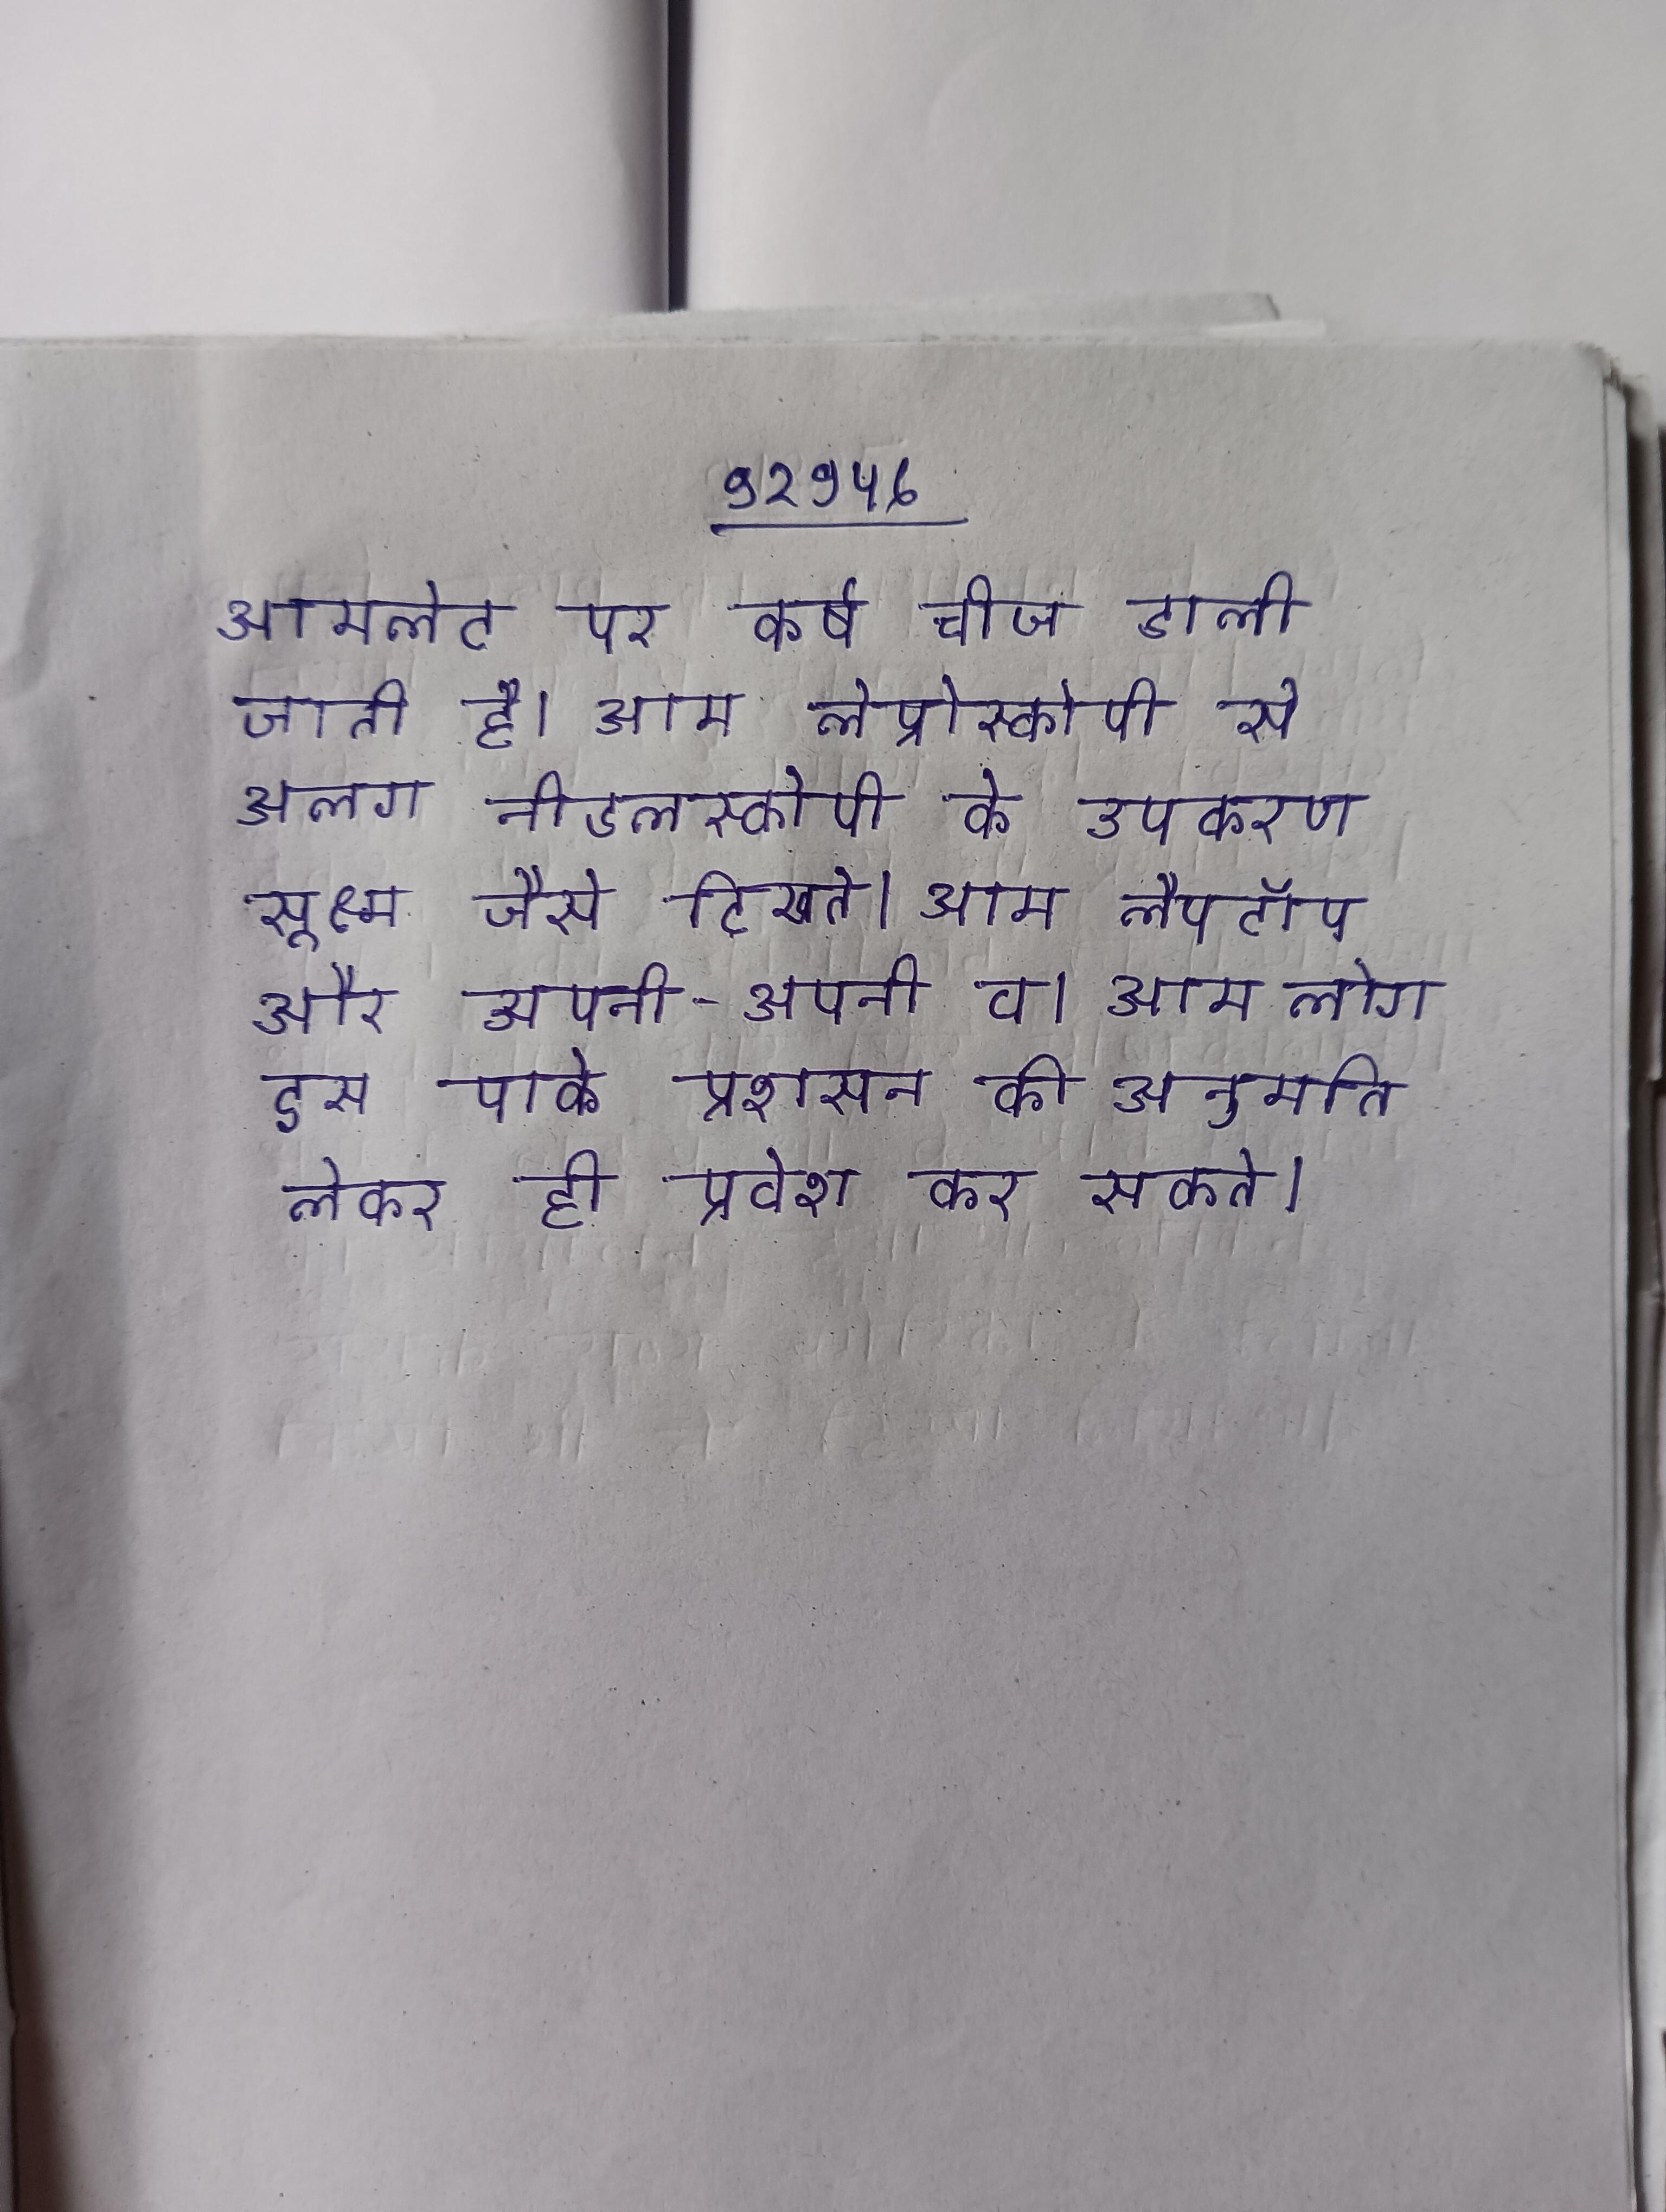
आमलेट पर कर्ष चीज डाली जाती है । आम लेप्रोस्कोपी से अलग नीडलस्कोपी के उपकरण सूक्ष्म जैसे दिखते । आम लैपटॉप और टेबलेट पीसी कई और अपनी-अपनी व । आम लोग इस पार्क प्रशासन की अनुमति लेकर ही प्रवेश कर सकते ।